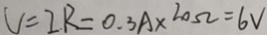
V = I R = 0 . 3 A \times 2 0 \Omega = 6 V